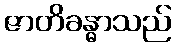
ဇာတိခန္ဓာသည်